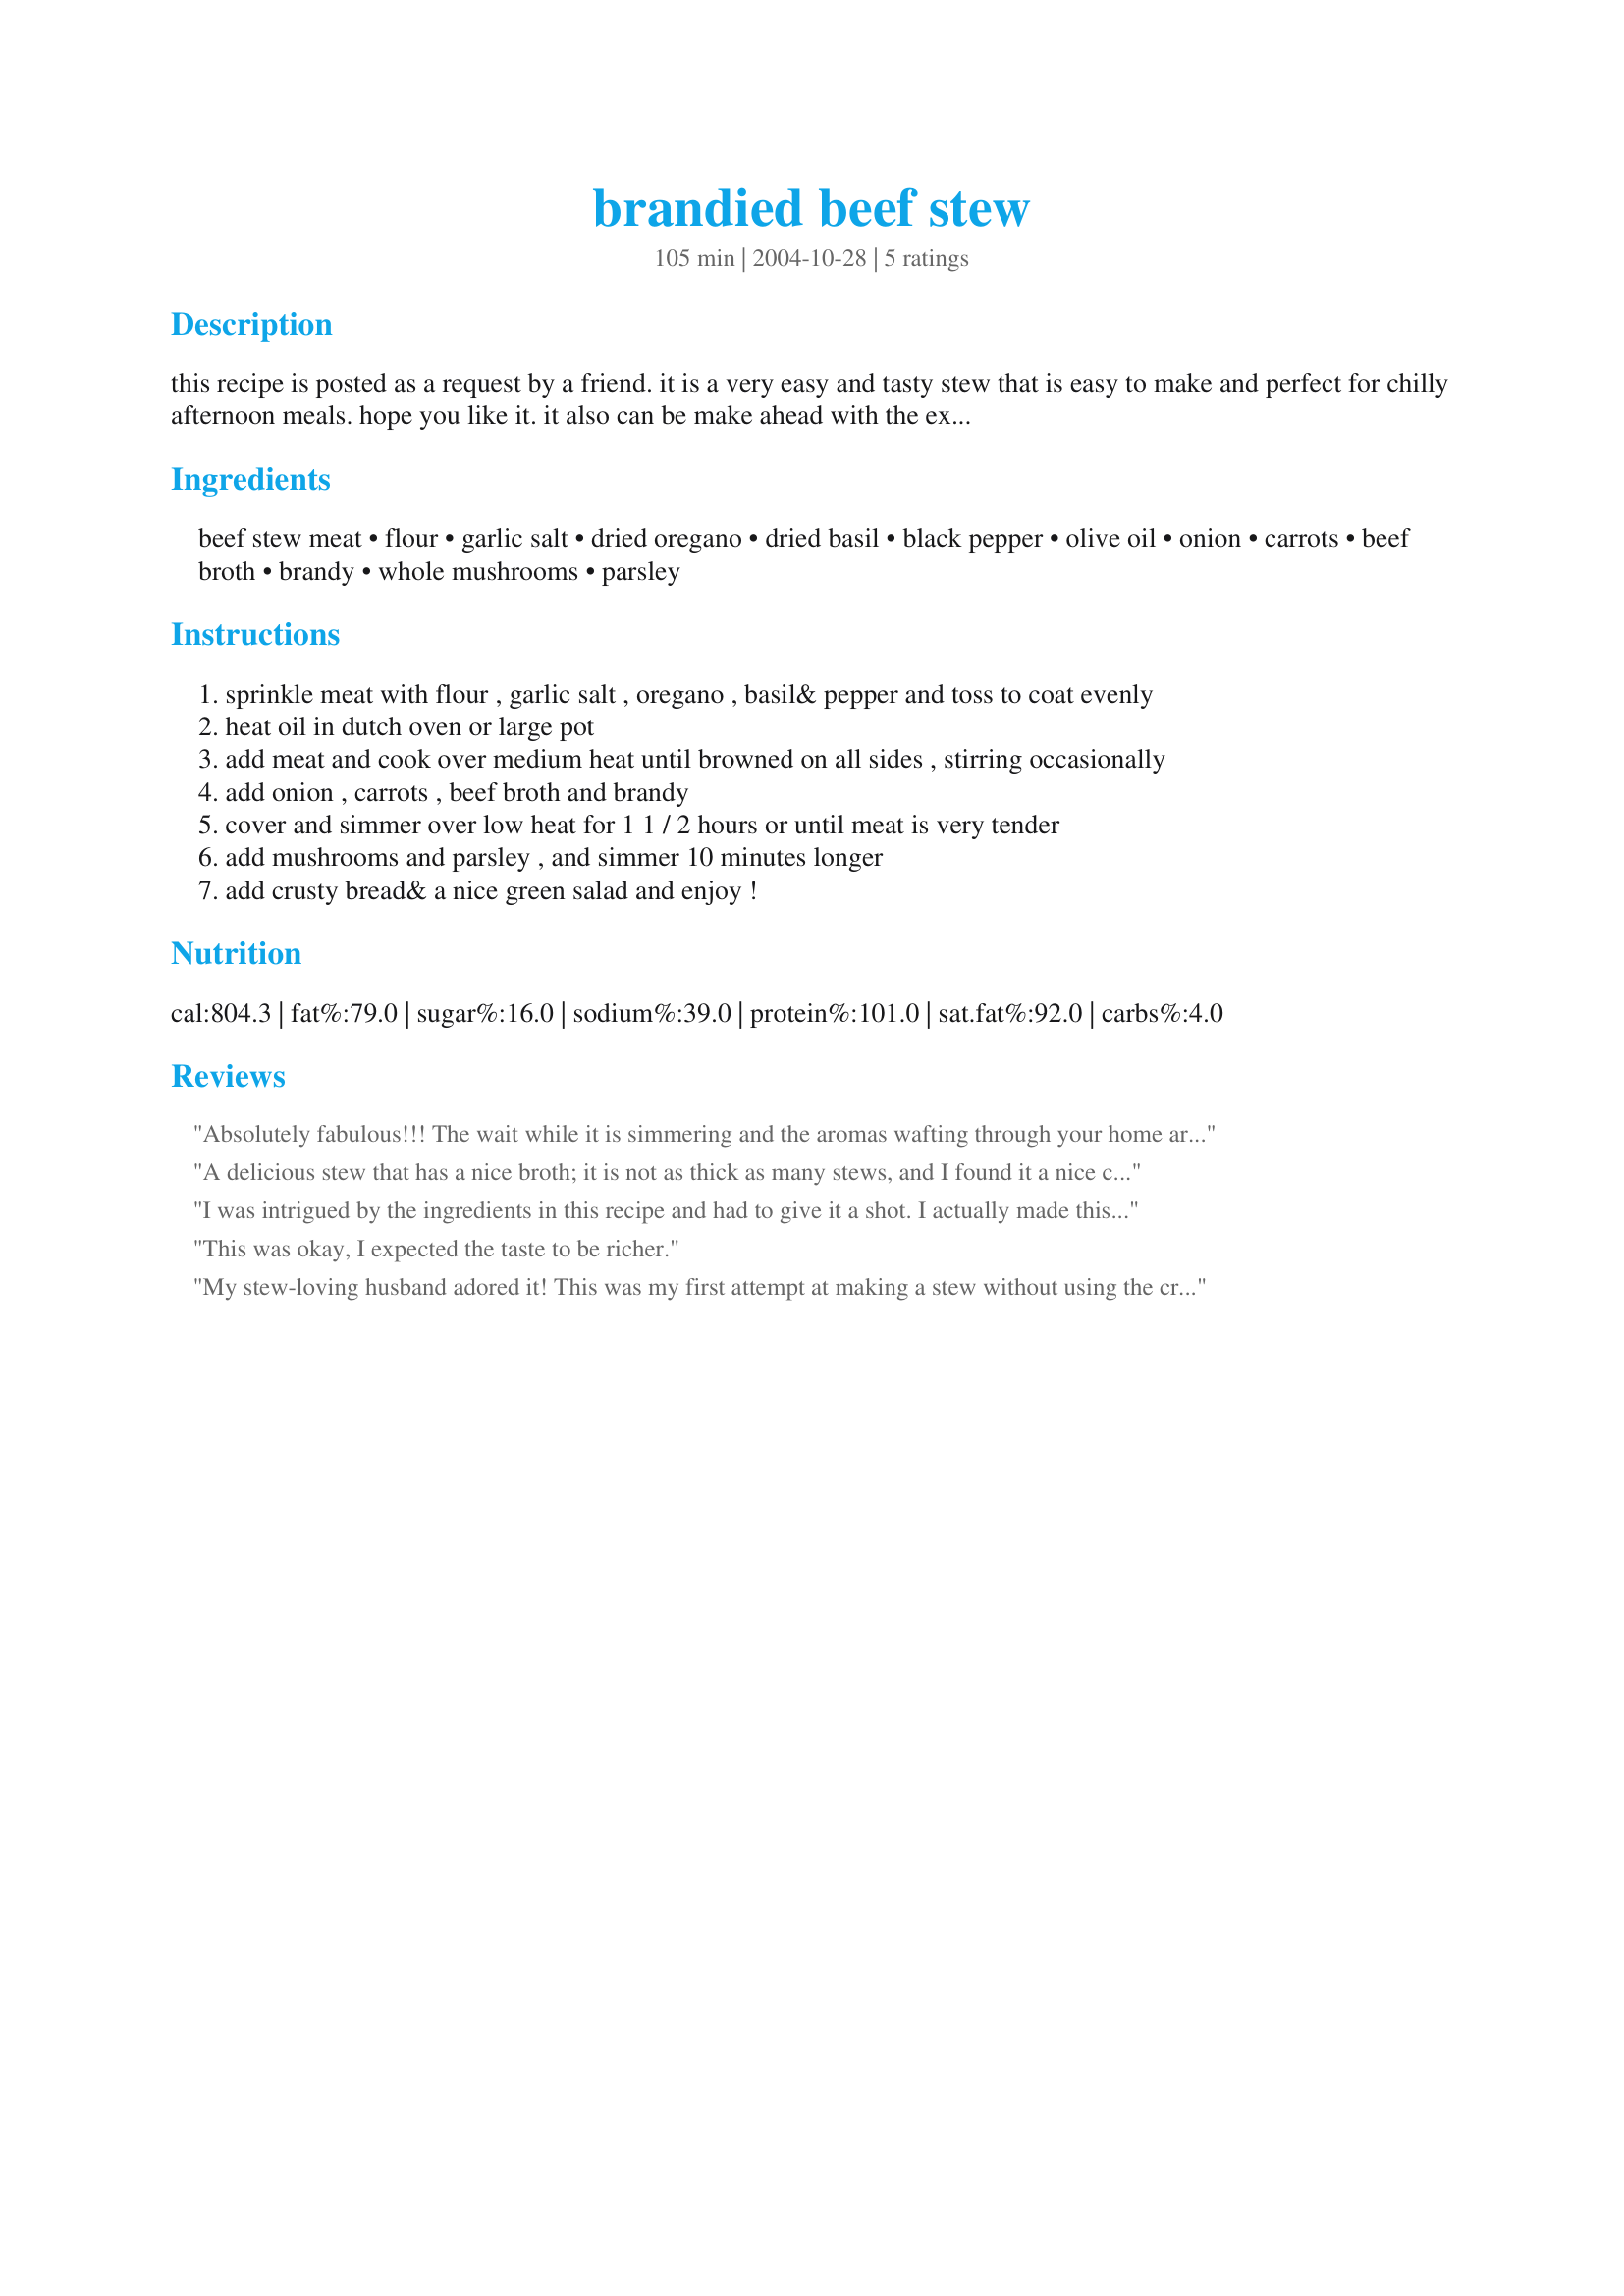
brandied beef stew
Preparation time: 105 minutes

this recipe is posted as a request by a friend. it is a very easy and tasty stew that is easy to make and perfect for chilly afternoon meals. hope you like it. it also can be make ahead with the exception of adding mushrooms and parsley. to serve, bring to simmer over high heat, then reduce to low, add mushrooms and parsley and simmer for at least 10 minutes.

Ingredients:
beef stew meat, flour, garlic salt, dried oregano, dried basil, black pepper, olive oil, onion, carrots, beef broth, brandy, whole mushrooms, parsley

Steps:
sprinkle meat with flour , garlic salt , oregano , basil& pepper and toss to coat evenly
heat oil in dutch oven or large pot
add meat and cook over medium heat until browned on all sides , stirring occasionally
add onion , carrots , beef broth and brandy
cover and simmer over low heat for 1 1 / 2 hours or until meat is very tender
add mushrooms and parsley , and simmer 10 minutes longer
add crusty bread& a nice green salad and enjoy !

Reviews:
Absolutely fabulous!!! The wait while it is simmering and the aromas wafting through your home are SO worth it! Mine thickened JUST right, I was a bit worried as I thought it would never cook down. I could not find small whole mushrooms so I used sliced and it seemed to work out quite well. This just SCREAMS comfort food and would be delicious served with warm bread to catch all the tasty sauce. A repeat for sure at our house, thank you for sharing this wonderful recipe.
A delicious stew that has a nice broth; it is not as thick as many stews, and I found it a nice change -- the broth has great flavor! I used a teaspoon of salt and two garlic cloves, and since I was out of brandy, I used red wine vinegar (1/3 cup), but it worked well. Next time, I try the brandy. My family loved this, especially my husband! Thanks, Ozman, for an easy, great-tasting recipe!
I was intrigued by the ingredients in this recipe and had to give it a shot. I actually made this one in my slow cooker setting it on low for 8 hours and adding the parsley and mushrooms 20 minutes before serving. Robust and very flavorful. I served this with a simple green salad. We all really enjoyed this one. Thanks Oz!
This was okay, I expected the taste to be richer.
My stew-loving husband adored it! This was my first attempt at making a stew without using the crock-pot. I don&#039;t think I&#039;ll ever go back. We all liked the consistency of the gravy of this recipe than all the crock-pot recipes I&#039;ve tried. The brandy added an interesting heat/bite. It was very subtle, but there. I think next time I&#039;ll try red wine just to see what the difference is. I used top sirloin cut into rather large chunks, baby carrots and sliced mushrooms. I also added quartered red potatoes. Because of adding the potatoes, I had to double the flour, broth and brandy so everything was covered. Everything was cooked to perfection in the hour and a half called for. I served it with Recipe #332377. Thanks for sharing this lovely recipe!
